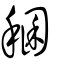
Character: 稛